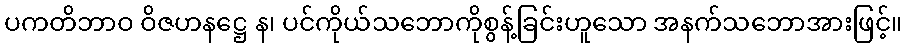
ပကတိဘာဝ ဝိဇဟနဋ္ဌေ န၊ ပင်ကိုယ်သဘောကိုစွန့်ခြင်းဟူသော အနက်သဘောအားဖြင့်။